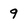
Character: 9